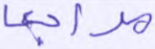
مراجعة